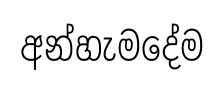
අන්හැමදේම